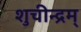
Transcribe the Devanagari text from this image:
शुचीन्द्रम्